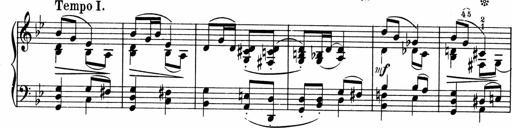
Title: 3 Sonatinen fÃ¼r Pianoforte
Composer: Fritz von Bose